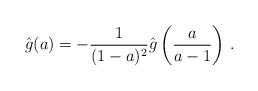
\begin{align*}\hat g(a)=-{1\over{(1-a)^2}}\hat g\left({a\over{a-1}}\right)\,.\end{align*}